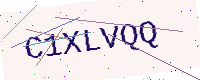
Text: C1XLVQQ